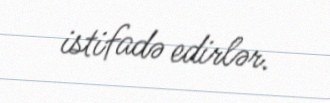
istifadə edirlər.